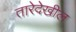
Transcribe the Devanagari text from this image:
तारेदेखील